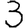
Digit: 3